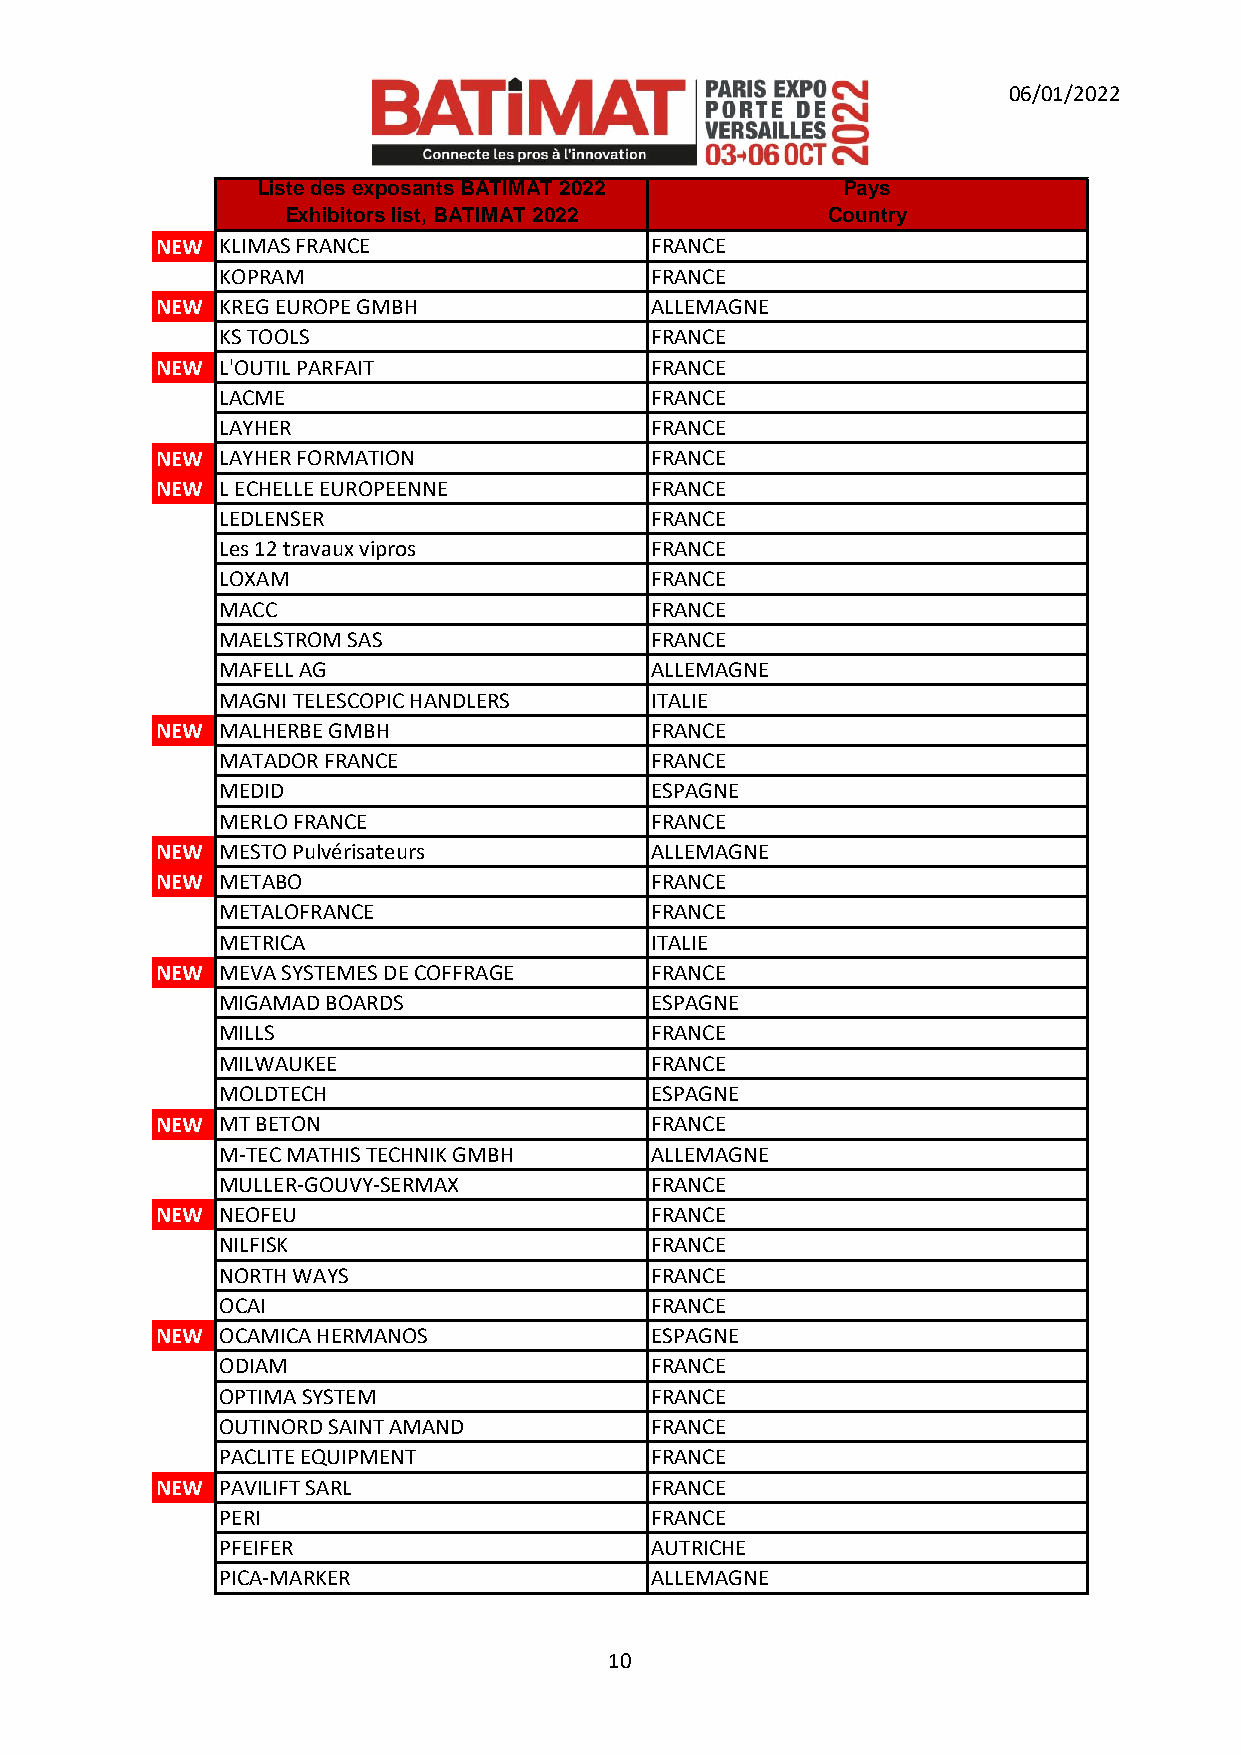
06/01/2022
 Liste des exposants BATIMAT 2022       P a y s
 Exhibitors list, BATIMAT 2022       Country
 NEW  KLIMAS FRANCE               FRANCE
 KOPRAM                      FRANCE
 NEW  KREG EUROPE GMBH            ALLEMAGNE
 KS TOOLS                    FRANCE
 NEW  L'OUTIL PARFAIT             FRANCE
 LACME                       FRANCE
 LAYHER                      FRANCE
 NEW  LAYHER FORMATION            FRANCE
 NEW  L ECHELLE EUROPEENNE        FRANCE
 LEDLENSER                   FRANCE
 Les 12 travaux vipros       FRANCE
 LOXAM                       FRANCE
 MACC                        FRANCE
 MAELSTROM SAS               FRANCE
 MAFELL AG                   ALLEMAGNE
 MAGNI TELESCOPIC HANDLERS   ITALIE
 NEW  MALHERBE GMBH               FRANCE
 MATADOR FRANCE              FRANCE
 MEDID                       ESPAGNE
 MERLO FRANCE                FRANCE
 NEW  MESTO Pulvérisateurs        ALLEMAGNE
 NEW  METABO                      FRANCE
 METALOFRANCE                FRANCE
 METRICA                     ITALIE
 NEW  MEVA SYSTEMES DE COFFRAGE   FRANCE
 MIGAMAD BOARDS              ESPAGNE
 MILLS                       FRANCE
 MILWAUKEE                   FRANCE
 MOLDTECH                    ESPAGNE
 NEW  MT BETON                    FRANCE
 M-TEC MATHIS TECHNIK GMBH   ALLEMAGNE
 MULLER-GOUVY-SERMAX         FRANCE
 NEW  NEOFEU                      FRANCE
 NILFISK                     FRANCE
 NORTH WAYS                  FRANCE
 OCAI                        FRANCE
 NEW  OCAMICA HERMANOS            ESPAGNE
 ODIAM                       FRANCE
 OPTIMA SYSTEM               FRANCE
 OUTINORD SAINT AMAND        FRANCE
 PACLITE EQUIPMENT           FRANCE
 NEW  PAVILIFT SARL               FRANCE
 PERI                        FRANCE
 PFEIFER                     AUTRICHE
 PICA-MARKER                 ALLEMAGNE
 10